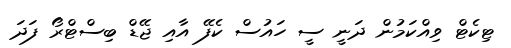
ޓިކެޓް ވިއްކަމުން ދަނީ ސީ ހައުސް ކެފޭ އާއި ޖޭޑް ބިސްޓްރޯ ފަދަ